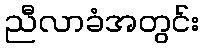
ညီလာခံအတွင်း